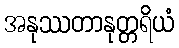
အနုဿတာနုတ္တရိယံ